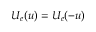
U _ { e } ( u ) = U _ { e } ( - u )